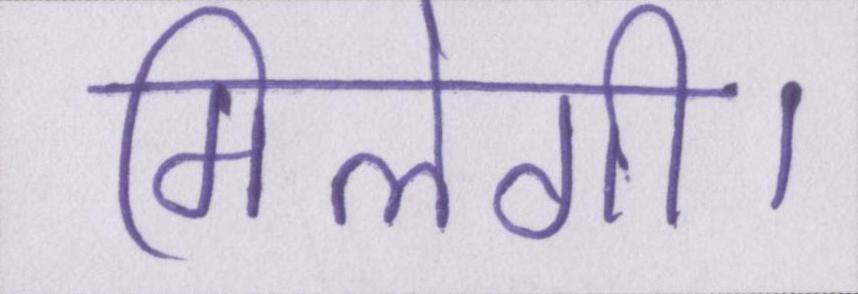
मिलेगी।